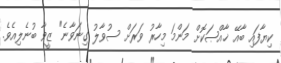
ކިޔާފައި ބާއޭ ޚާއްޞަކޮށް މަންމަ މިހާރު ވަރަށް ސުވާލު ގިނަވާނެ" ޒީވާ ބުނެލިއެވެ.